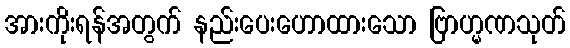
အားကိုးရန်အတွက် နည်းပေးဟောထားသော ဗြာဟ္မဏသုတ်